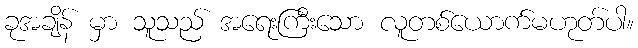
ခုအချိန် မှာ သူသည် အရေးကြီးသော လူတစ်ယောက်မဟုတ်ပါ။